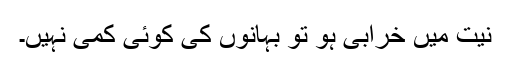
نیت میں خرابی ہو تو بہانوں کی کوئی کمی نہیں۔